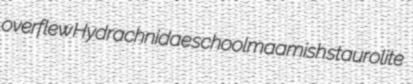
overflew Hydrachnidae schoolmaamish staurolite